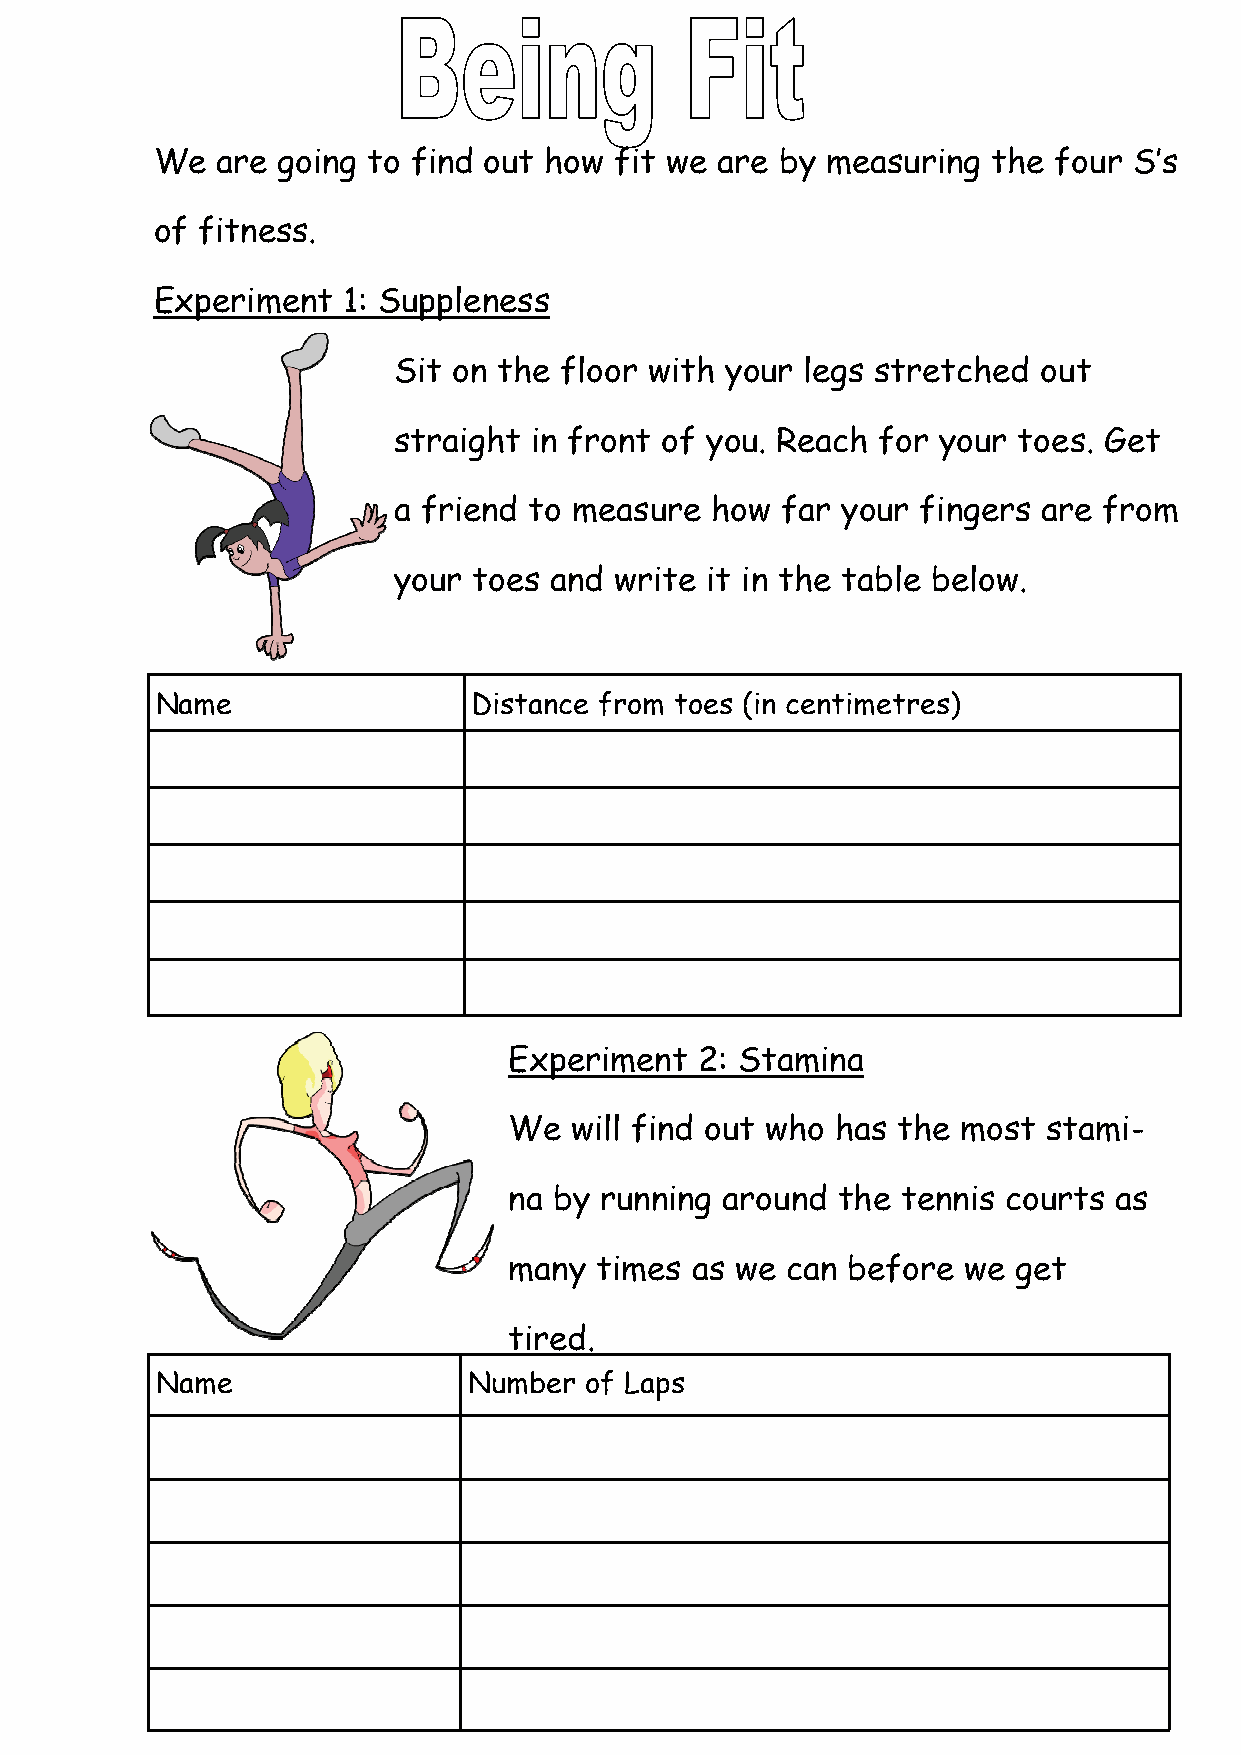
We  are going to find out how  fit we are by measuring  the four S’s
 of fitness.
 Experiment   1: Suppleness
 Sit on the floor with your legs stretched  out
 straight in front of you. Reach for your toes. Get
 a friend to measure  how  far your fingers are from
 your toes and  write it in the table below.
 Name                 Distance from toes (in centimetres)
 Experiment  2: Stamina
 We  will find out who has the most stami-
 na by running around the  tennis courts as
 many times  as we can before  we get
 tired.
 Name                 Number  of Laps